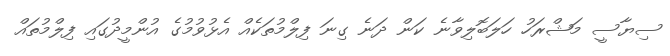
ސިޔާސީ މަޝްރަހު ހަލަބޮލިވާނެ ކަން ދަނެ ގިނަ ފިލްމުތަކެއް އެޅުވުމުގެ އުންމީދުގައި ފިލްމުތައް